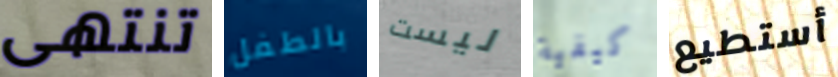
تنتهى بالطفل ليست كيفية أستطيع